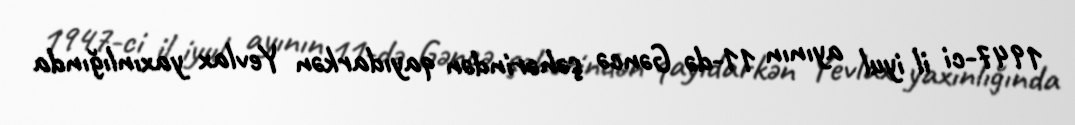
1947-ci il iyul ayının 11-də Gəncə şəhərindən qayıdarkən Yevlax yaxınlığında